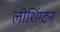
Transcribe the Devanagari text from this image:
लीशिंग्टन